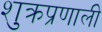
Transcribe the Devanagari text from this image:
शुक्रप्रणाली